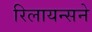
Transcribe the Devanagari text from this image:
रिलायन्सने